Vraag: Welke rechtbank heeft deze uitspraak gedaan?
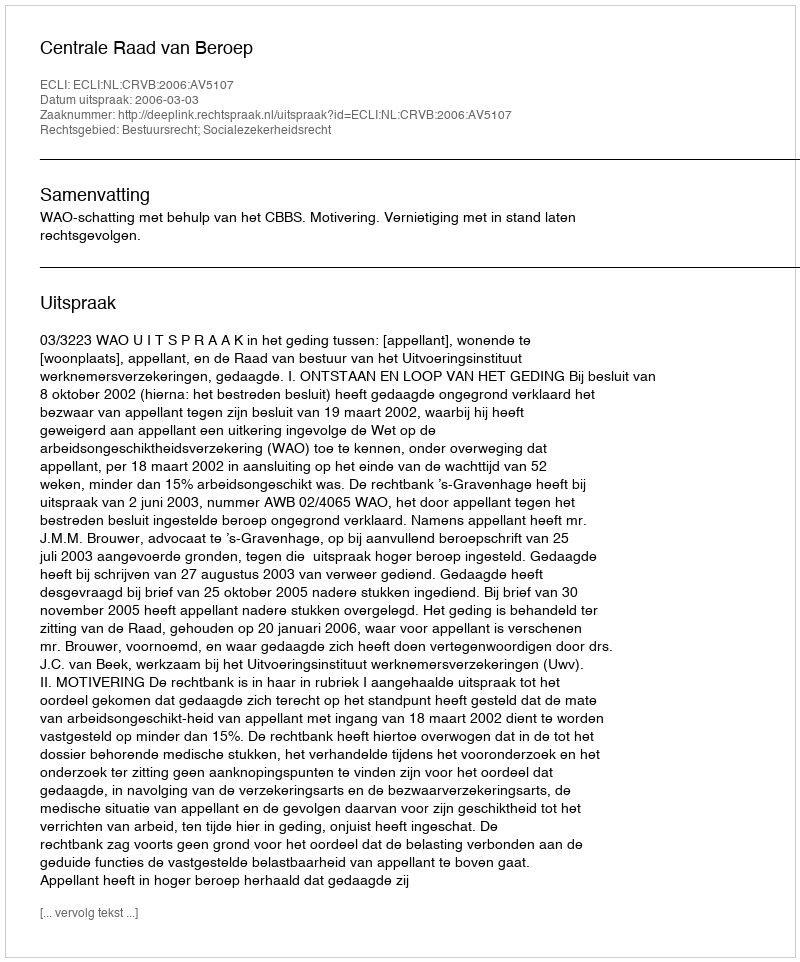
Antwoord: Centrale Raad van Beroep